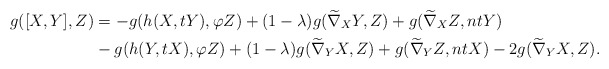
\begin{align*}g([X,Y], Z) &=-g(h(X,tY), \varphi Z)+(1-\lambda) g(\widetilde\nabla_{X}Y,Z)+g(\widetilde\nabla_{X}Z, ntY) \\ & -g(h(Y,tX), \varphi Z)+(1-\lambda)g(\widetilde\nabla_{Y}X,Z)+g(\widetilde\nabla_{Y}Z, ntX)-2g(\widetilde\nabla_{Y}X, Z).\end{align*}